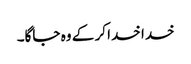
خدا خدا کر کے وہ جاگا۔